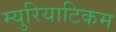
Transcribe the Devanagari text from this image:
म्युरियाटिकम